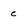
Character: c